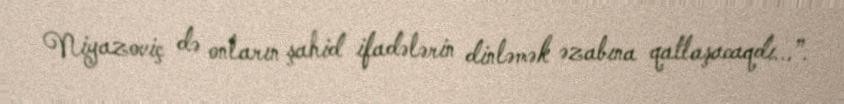
Niyazoviç də onların şahid ifadələrin dinləmək əzabına qatlaşacaqdı...”.